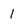
Character: 1